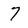
Character: 7